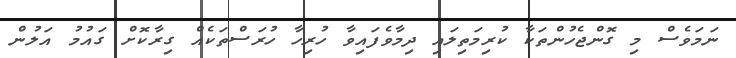
ނަމަވެސް މި ގޮންޖެހުންތަކާ ކުރިމަތިލައި ދިމާވެފައިވާ ހުރިހާ ހުރަސްތަކެއް ގިރާކޮށް ގައުމު އަލުން